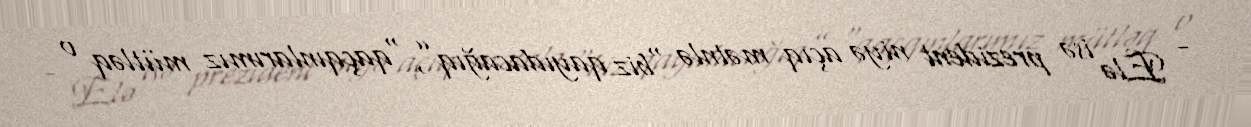
- Elə isə prezident niyə açıq mətnlə “biz qayıdacağıq”, “qaçqınlarımız mütləq o